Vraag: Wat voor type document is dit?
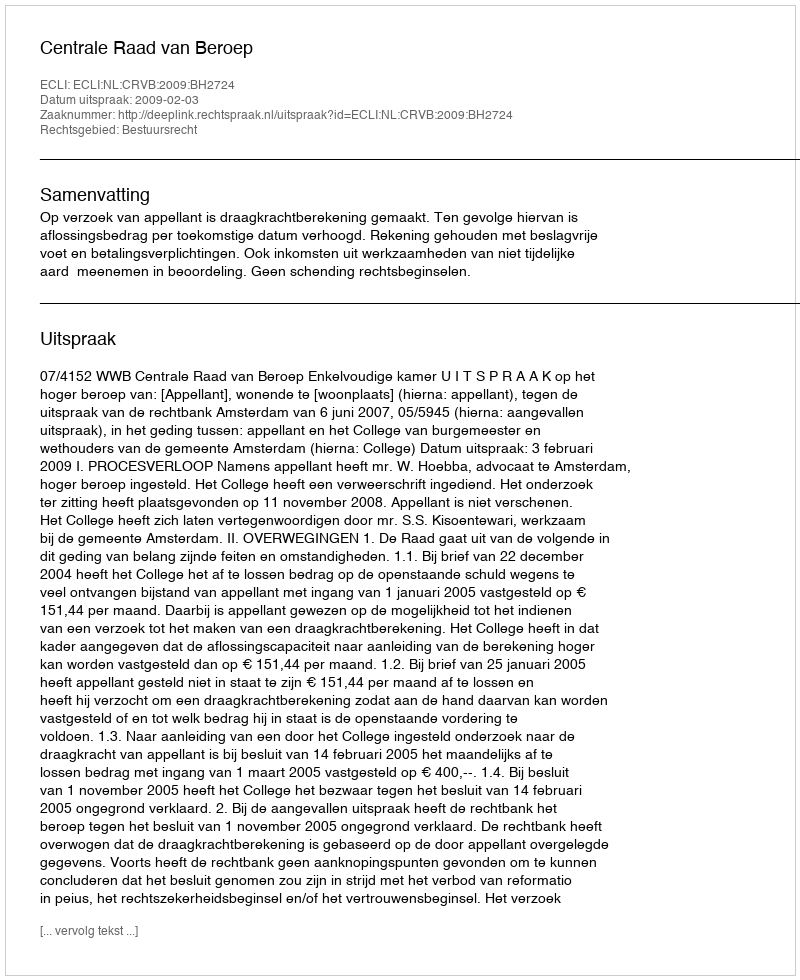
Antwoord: Uitspraak